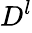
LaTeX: D_{}^{l}